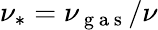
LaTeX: \nu_{\ast}=\nu_{\mathrm{~g~a~s~}}/\nu